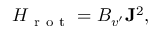
H _ { \mathrm { ~ r ~ o ~ t ~ } } = B _ { v ^ { \prime } } \mathbf { J } ^ { 2 } ,